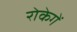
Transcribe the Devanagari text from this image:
रोकेगें